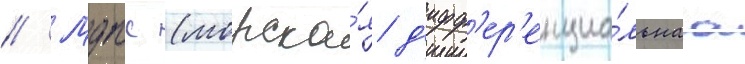
// Мдпс (морска́я д'ифф'ер'енциа́льнаа